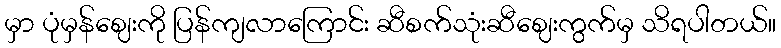
မှာ ပုံမှန်ဈေးကို ပြန်ကျလာကြောင်း ဆီစက်သုံးဆီဈေးကွက်မှ သိရပါတယ်။